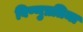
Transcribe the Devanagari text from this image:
विष्णुप्रतिमा